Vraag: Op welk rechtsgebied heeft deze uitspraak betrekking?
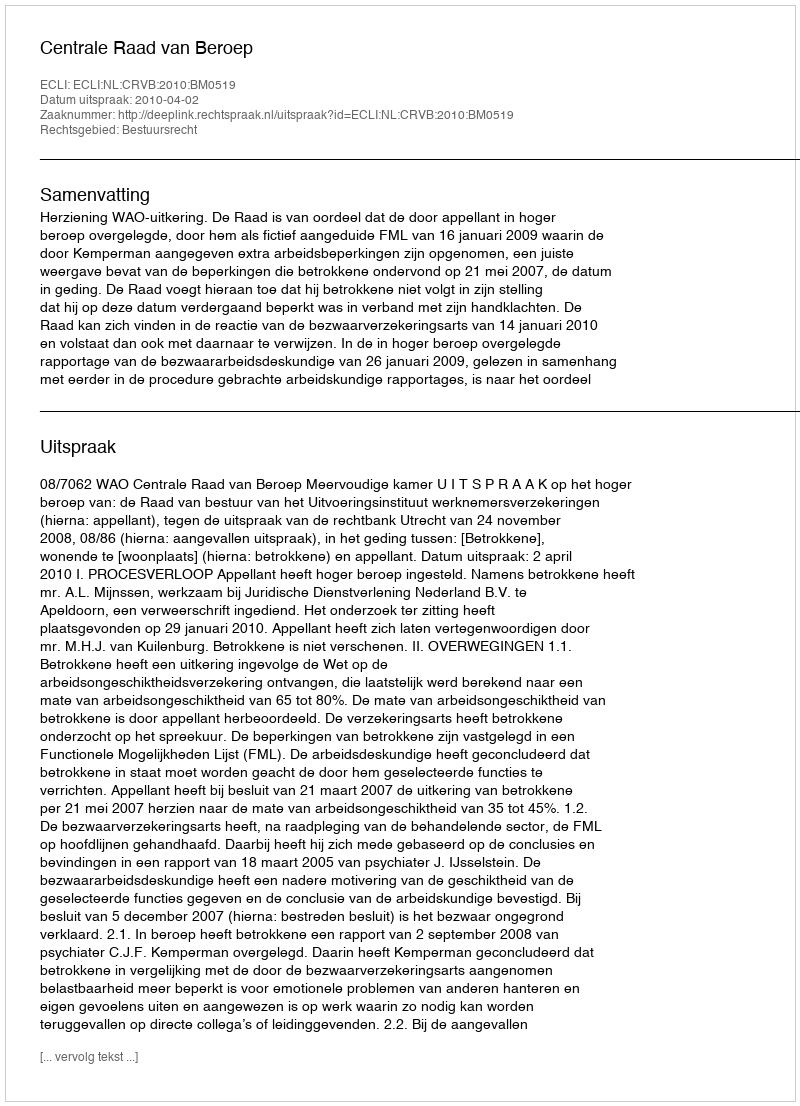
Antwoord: Bestuursrecht